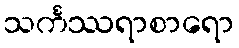
သင်္ကဿရာစာရော